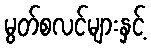
မွတ်စလင်များနှင့်